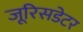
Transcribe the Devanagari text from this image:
जूरिसडेटर